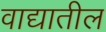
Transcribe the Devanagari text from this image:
वाद्यातील